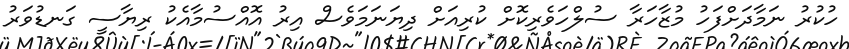
ހުކުރު ނަމާދަށްފަހު މުޒާހަރާ ސުލްހަވެރިކޮށް ކުރިއަށް ދިޔަނަމަވެސް އިރު އޮއްސުމާއެކު ރިޔާސީ ގަނޑުވަރު